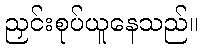
ညှင်းစုပ်ယူနေသည်။